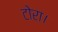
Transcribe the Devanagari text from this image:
टोरा।